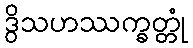
ဒွိသဟဿက္ခတ္တုံ